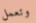
وتعمل